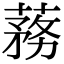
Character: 蓩